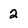
Character: 2